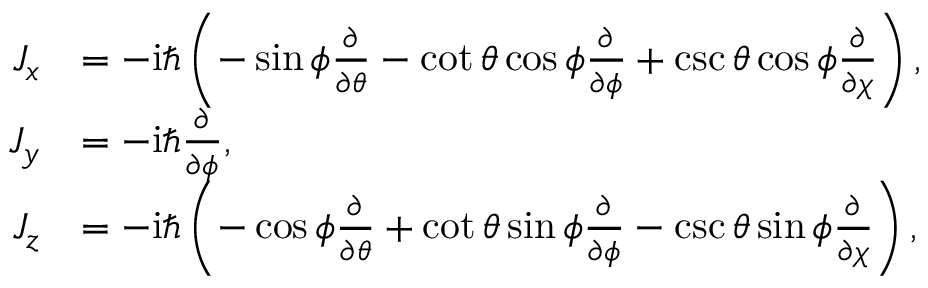
\begin{array} { r l } { J _ { x } } & { = - \mathrm { i } \hbar \left( - \sin \phi \frac { \partial } { \partial \theta } - \cot \theta \cos \phi \frac { \partial } { \partial \phi } + \csc \theta \cos \phi \frac { \partial } { \partial \chi } \right) , } \\ { J _ { y } } & { = - \mathrm { i } \hbar \frac { \partial } { \partial \phi } , } \\ { J _ { z } } & { = - \mathrm { i } \hbar \left( - \cos \phi \frac { \partial } { \partial \theta } + \cot \theta \sin \phi \frac { \partial } { \partial \phi } - \csc \theta \sin \phi \frac { \partial } { \partial \chi } \right) , } \end{array}